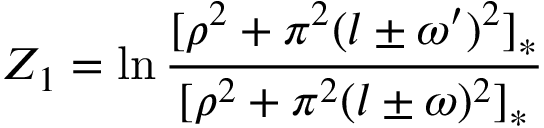
{ \cal Z } _ { 1 } = \ln \frac { [ \rho ^ { 2 } + \pi ^ { 2 } ( l \pm \omega ^ { \prime } ) ^ { 2 } ] _ { * } } { [ \rho ^ { 2 } + \pi ^ { 2 } ( l \pm \omega ) ^ { 2 } ] _ { * } }